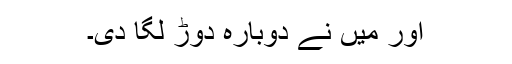
اور میں نے دوبارہ دوڑ لگا دی۔